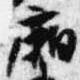
廂